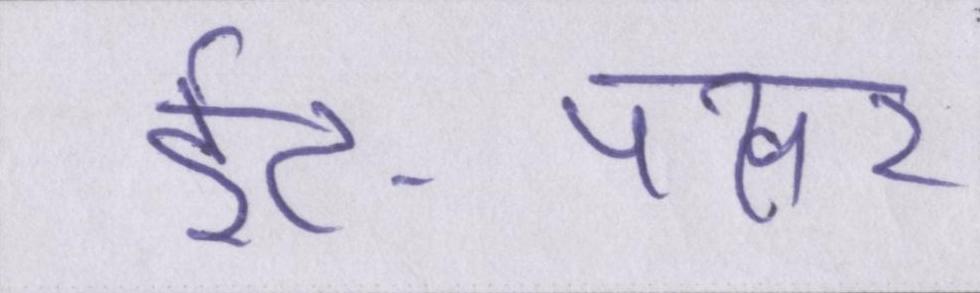
ईंट-पत्थर